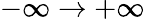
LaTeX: -\infty\rightarrow+\infty